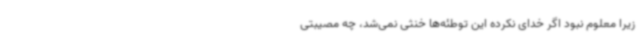
زیرا معلوم نبود اگر خدای نکرده این توطئه‌ها خنثی نمی‌شد، چه مصیبتی